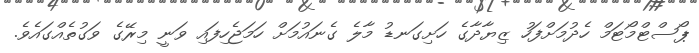
ޕޯސްޓްމޯޓަމް ހެދުމަށްފަހު ޒިޔާދާގެ ހަށިގަނޑު މާލެ ގެނައުމަށް ހަމަޖެހިފައި ވަނީ މިރޭގެ ވަގުތެއްގައެވެ.